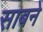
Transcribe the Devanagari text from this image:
साबने